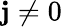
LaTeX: \mathbf{j}\neq0